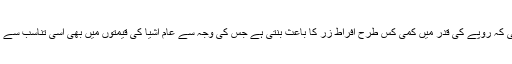
اب اس تفصیل میں جانے کی ضرورت تو باقی نہیں رہ جاتی کہ روپے کی قدر میں کمی کس طرح افراط زر کا باعث بنتی ہے جس کی وجہ سے عام اشیا کی قیمتوں میں بھی اسی تناسب سے اضافہ ہوتا ہے جتنی روپے کی قدر میں کمی کی جاتی ہے۔